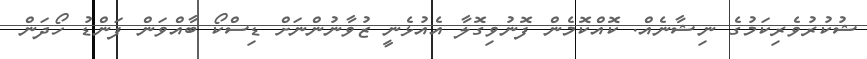
ޝުކުރުވެރިކަމުގެ ނިޝާނެއް. ކޮއްކޮމެން ފޮނުވިގޮލާ އެއުޅެނީ ޒުވާނުންނަށް ޑިސްކޯ ބާއްވަން ފަންޑު ހޯދަން